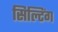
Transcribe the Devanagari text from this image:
सिल्टिंग